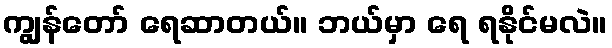
ကျွန်တော် ရေဆာတယ်။ ဘယ်မှာ ရေ ရနိုင်မလဲ။